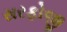
સરફોજી